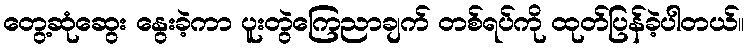
တွေ့ဆုံဆွေး နွေးခဲ့ကာ ပူးတွဲကြေညာချက် တစ်ရပ်ကို ထုတ်ပြန်ခဲ့ပါတယ်။